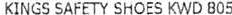
KINGS SAFETY SHOES KWD B05